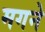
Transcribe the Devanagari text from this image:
मगने